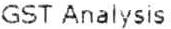
GST ANALYSIS